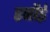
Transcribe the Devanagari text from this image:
हर्नोई